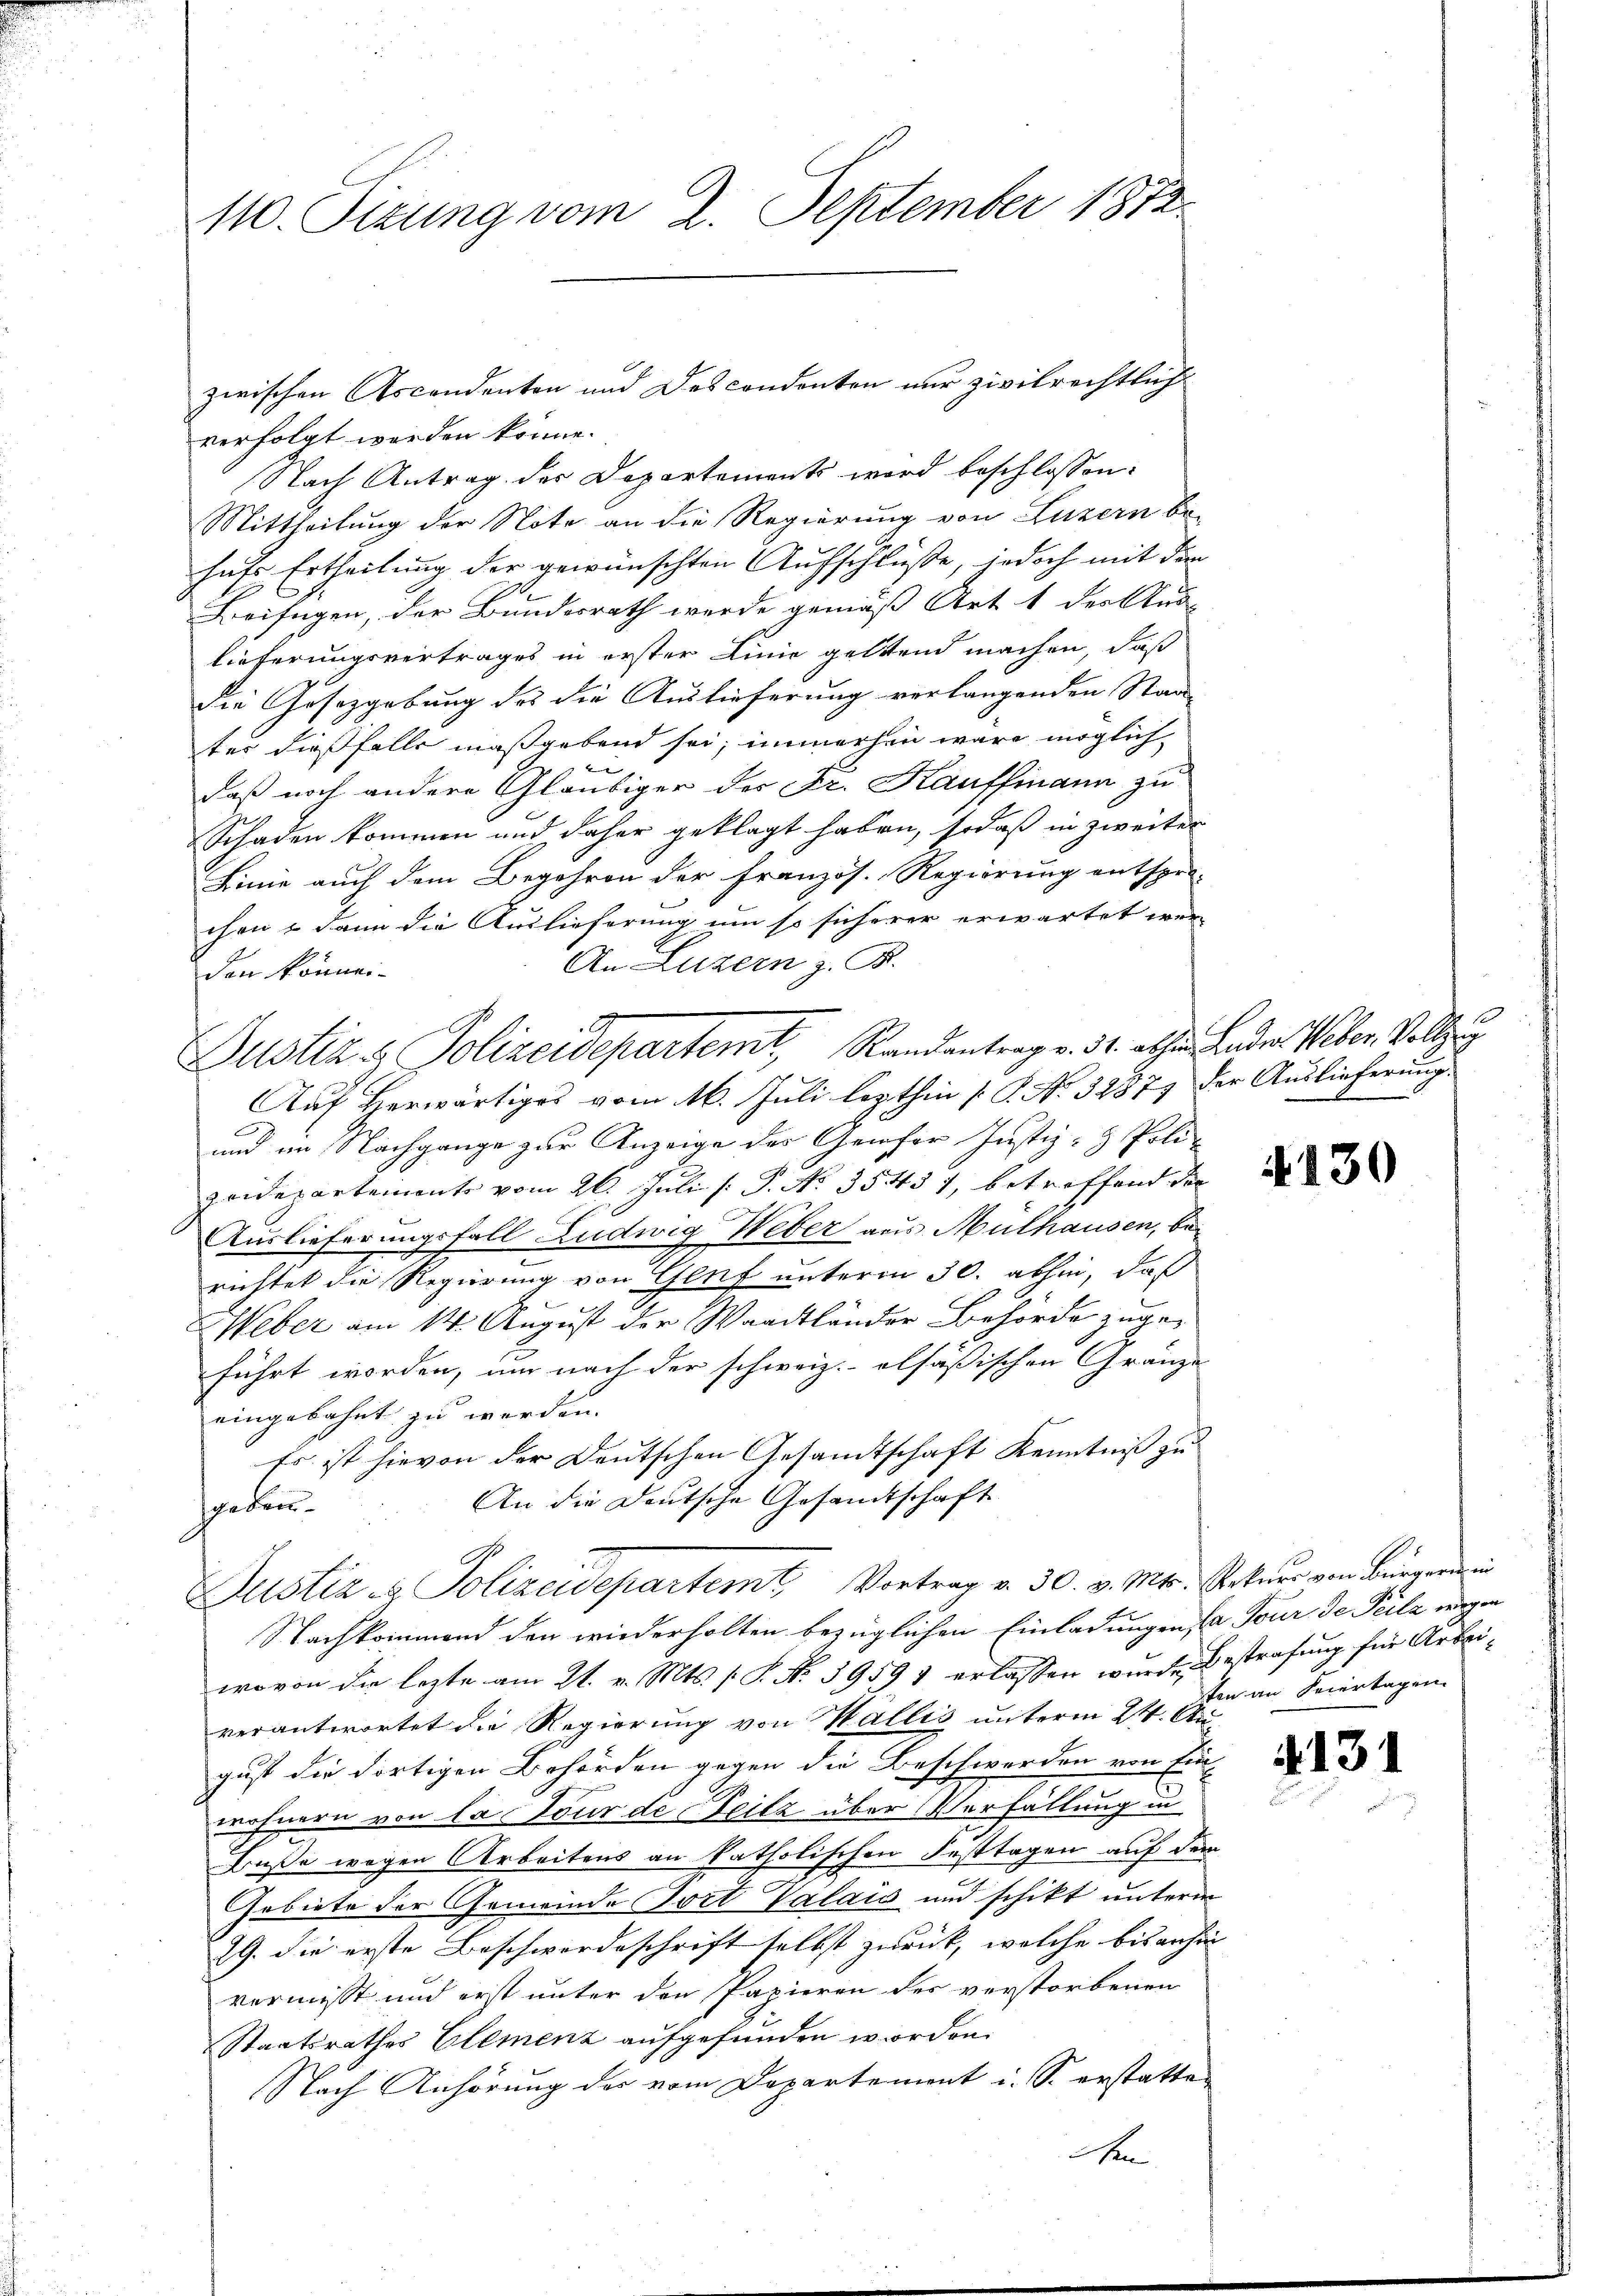
110. Sizung vom 2. September 1872.

verfolgt werden könne.
Nach Antrag der Departements wird beschlossen:
Mittheilung der Note an die Regierung von Luzern be-
hufs Ertheilung der gewünschten Aufschlüße, jedoch mit dem
Beifügen, der Bundesrath werde gemäß Art. 1 der Aus-
lieferungsvertrages in erster Linie geltend machen, daß
Die Gesetzgebung des die Auslieferung verlangenden Staats-
tes dießfalls maßgebend sei, immerhin wäre möglich
2
daß noch andere Gläubiger des Fr. Kauffmann zu
Schaden kommen und daher geklagt haben, sodaß in zweiter
Linie auch dem Begehren der Französ. Regierung entspre-
chen – dann die Auslieferung um so sicherer erwartet wer-
An Luzern z. B.
den können.
Auf Herwärtiges vom 16. Juli lezthin [S. No. 3287) der Auslieferung
und im Nachgange zur Anzeige des Gemder Justiz- & Polizeidepartemente vom 26. Juli [ P. No 35431, betreffend der
Auslieferungsfall Ludwig Weber aus Mülhausen, berichtet die Regierung von Genf unterm 30. abhin, daß
Weber am 14. August der Waadtländer Behörde zugeführt worden, nur nach der schweiz.- elsäßischen Gränze
eingebahnt zu werden.
Es ist hievon der Deutschen Gesandtschaft Kenntniß zu
An die Deutsche Gesandtschaft
sgeden.
Justiz & Polizeidepartemt, Vortrag v. 30. v. Mts. Arteur von Bürgern in
Nachkommend den wiederholten bezüglichen Einladungen d. Tour de Teilz wegen
wovon die lezte am 21. v. Mts. s. S. No 39591 erlassen wurde Bestrafung für Arbeiverantwortet die Regierung von Wallis unterm 24. Apgust die dortigen Behörden gegen die Beschwerden von Ein
ofnern von la tour de Seitz über Verfüllung in
Buße wegen Arbeitens an katholischen Festtagen auf dem
Gebiete der Gemeinde Tort Valais und schikt unterm
29. die erste Beschwordeschrift selbst zurück, welche bisanhin
vermisst und erst unter den Papieren des verstorbenen
Staatsrathes Elemenz aufgefunden worden.
Nach Anhörung des vom Departement i. S. erstatten
An

Justiz & Polizeidepartemt, Randantrag v. 31. abhin ander Weber Vollzug

zwischen Ascendenten und Descendenten nur zivilrechtlich

4430

ten an Feiertagen.

131